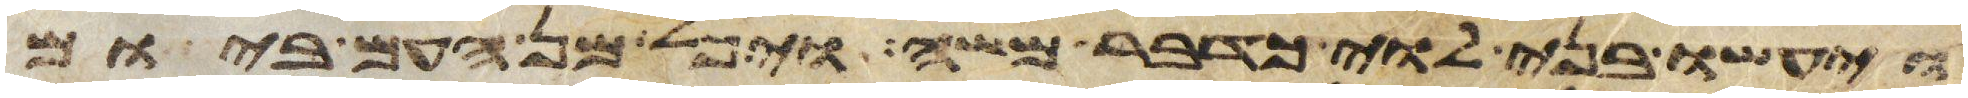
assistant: ויעשו בני לוי כדבר משה ויפל מן העם ביום